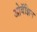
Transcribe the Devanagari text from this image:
ओबॅझिन